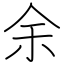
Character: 余